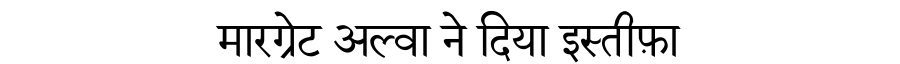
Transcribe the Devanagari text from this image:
मारग्रेट अल्वा ने दिया इस्तीफ़ा